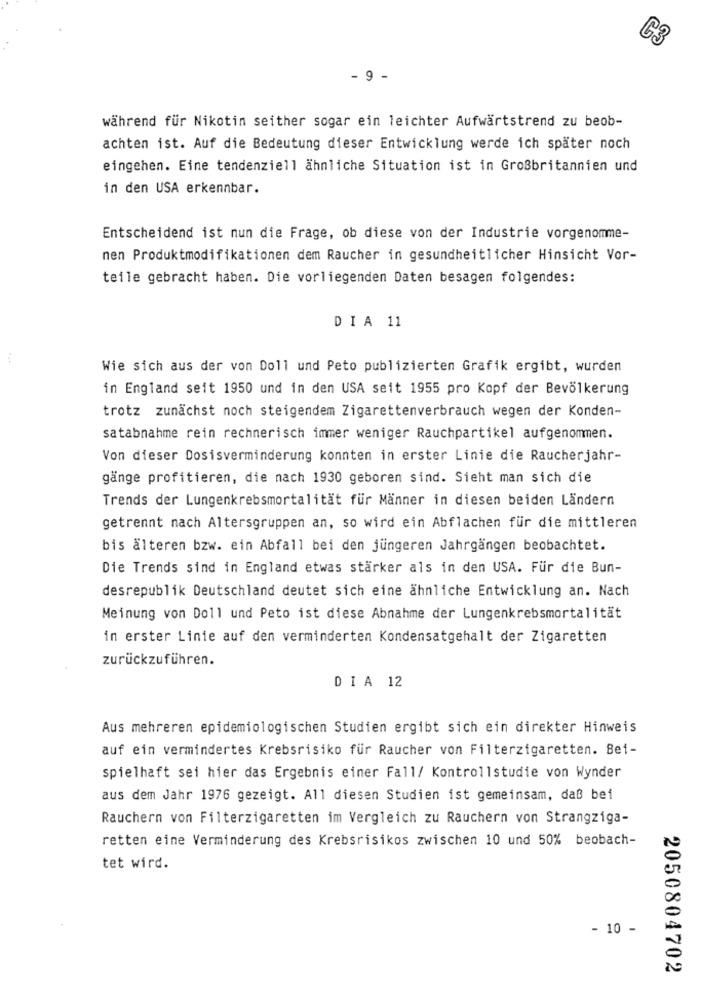
C3
- 9 -
während für Nikotin seither sogar ein leichter Aufwärtstrend zu beob-
achten ist. Auf die Bedeutung dieser Entwicklung werde ich später noch
eingehen. Eine tendenziell ähnliche Situation ist in Großbritannien und
in den USA erkennbar.
Entscheidend ist nun die Frage, ob diese von der Industrie vorgenomme-
nen Produktmodifikationen dem Raucher in gesundheitlicher Hinsicht Vor-
teile gebracht haben. Die vorliegenden Daten besagen folgendes:
DIA 11
Wie sich aus der von Doll und Peto publizierten Grafik ergibt, wurden
in England seit 1950 und in den USA seit 1955 pro Kopf der Bevölkerung
trotz zunächst noch steigendem Zigarettenverbrauch wegen der Konden-
satabnahme rein rechnerisch immer weniger Rauchpartikel aufgenommen.
Von dieser Dosisverminderung konnten in erster Linie die Raucherjahr-
gänge profitieren, die nach 1930 geboren sind. Sieht man sich die
Trends der Lungenkrebsmortalität für Männer in diesen beiden Ländern
getrennt nach Altersgruppen an, so wird ein Abflachen für die mittleren
bis älteren bzw. ein Abfall bei den jüngeren Jahrgängen beobachtet.
Die Trends sind in England etwas stärker als in den USA. Für die Bun-
desrepublik Deutschland deutet sich eine ähnliche Entwicklung an. Nach
Meinung von Doll und Peto ist diese Abnahme der Lungenkrebsmortalität
in erster Linie auf den verminderten Kondensatgehalt der Zigaretten
zurückzuführen.
DIA 12
Aus mehreren epidemiologischen Studien ergibt sich ein direkter Hinweis
auf ein vermindertes Krebsrisiko für Raucher von Filterzigaretten. Bei-
spielhaft sei hier das Ergebnis einer Fall/ Kontrollstudie von Wynder
aus dem Jahr 1976 gezeigt. All diesen Studien ist gemeinsam, daß bei
Rauchern von Filterzigaretten im Vergleich zu Rauchern von Strangziga-
retten eine Verminderung des Krebsrisikos zwischen 10 und 50% beobach-
tet wird.
- 10 -
2050804702